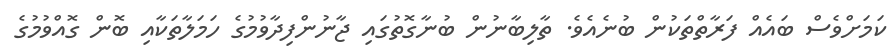
ކަމަށްވެސް ބައެއް ފަރާތްތަކުން ބުނެއެވެ. ތާލިބާނުން ބުނާގޮތުގައި ޖާނުންފިދާވުމުގެ ހަމަލާތަކާއި ބޮން ގޮއްވުމުގެ